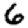
Digit: 6